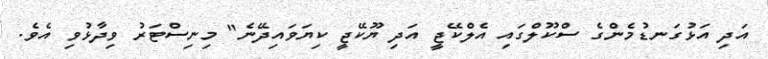
އަދި އަޅުގަނޑުމެންގެ ސްކޫލްގައި އެލްކޭޖީ އަދި ޔޫކޭޖީ ކިޔަވައިދޭނެ" މިނިސްޓަރު ވިދާޅުވި އެވެ.